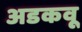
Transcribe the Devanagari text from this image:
अडकवू